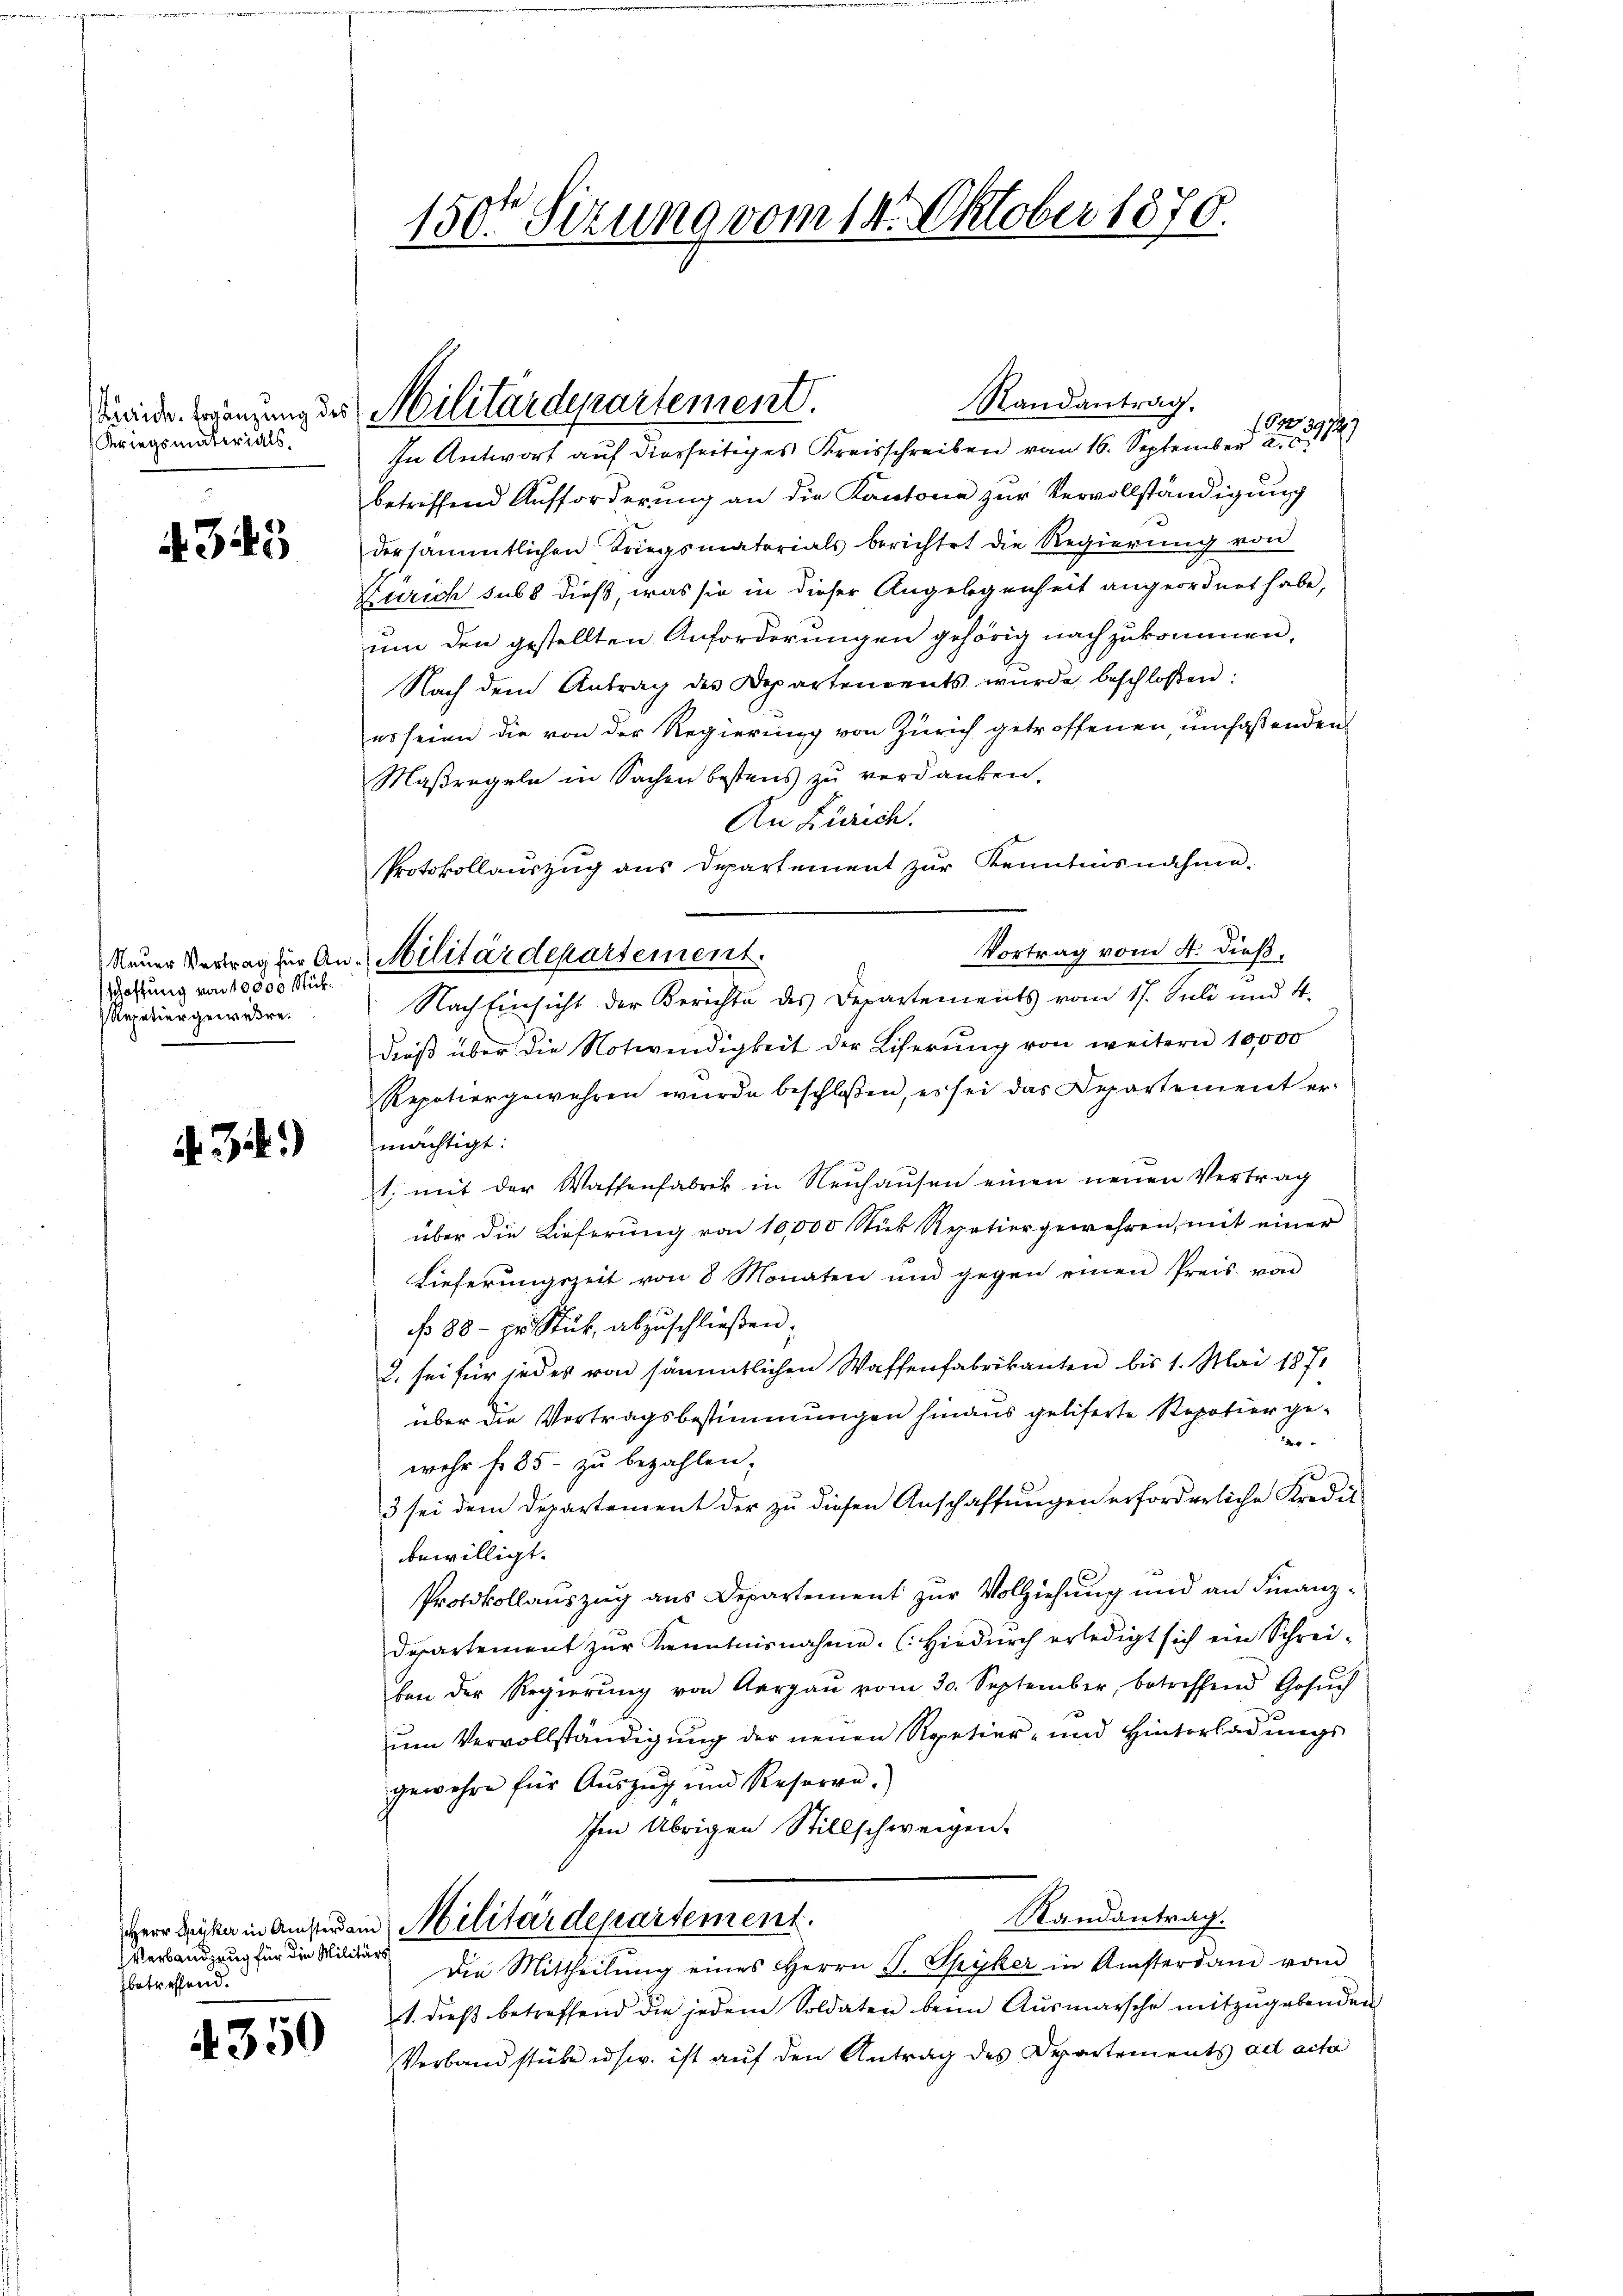
Kriegsmaterials.

4343

schaftung von 10000 Stük¬
Repetiergewere.

.34)

Verbandzung für die Militärbetreffend.

4350

150te Sitzung vom 14. Oktober 1870.

Randantrag.
1231749
In Antwort auf diesseitiges Kreisschreiben vom 16. September a. c.
betreffend Aufforderung an die Kantone zur Vervollständigung
dersämmtlichen Kriegsmatorials berichtet die Regierung von
Zürich sub 8 dieß, was sie in dieser Angelegenheit angeordnet habe,
um den gestellten Anforderungen gehörig nachzukommen,
Nach dem Antrag des Departenrents wurde beschlossen:
es seien die von der Regierung von Zürich getroffenen umfaßenden
Maßregeln in Sachen bestens zu verdanken.
An Zürich.
Protokollauszug aus Departement zur Kenntnisnahme.
Vortrag vom 4. dieß.
Nach Einsicht der Berichte des Departements vom 17. Juli und 4.
dieß über die Notwendigkeit der Liferung von weitern 10,000
Repotiergewehren wurde beschlossen, es sei das Departement ermächtigt:
1. mit der Waffenfabrik in Neuhausen einen neuen Vertrag
über die Lieferung von 10,000 Stück Repatier gewehren, mit einer
Lieferungszeit von 8 Monaten und gegen einen Preis von
 88 - pr. Stük abzuschlieβen.
2. sei für jedes von sämmtlichen Waffenfabrikanten bis 1. Mai 1871
über die Vortragsbestimmungen hinaus geliserte Repotier ge¬

wehr f. 85 - zu bezahlen.
3 sei dem Departement der zu diesen Anschaffungen erforderliche Kredit
bewilligt.
Protokollauszug aus Departement zur Vollziehung und an Finanz¬
Departement zur Kenntnisnahme. (Hiedurch erledigt sich ein Schrei-
ben der Regierŭng von Aargaŭ vom 30. September, betreffend Gesŭch
un Vervollständigung der neuen Repetier- und Hinterladungs
gewehre für Auszug und Referen
Im Übrigen Stillschweigen.
Randantrag.
Herr Denke in Anstanden Militärdepartement.
Die Mittheilŭng eines Herrn J. Spiker in Amsterdam vom
1. dieß betreffend die jedem Soldaten beim Ausmarsche mitzugebenden
Verbandstük usw. ist auf den Antrag des Departements ad acta

Minde Ergänzung des Militärdepartement.

Neuer Vertrag für An- Militärdepartement.